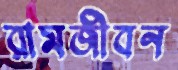
রামজীবন